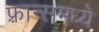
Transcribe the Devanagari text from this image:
फ़्रान्समध्ये